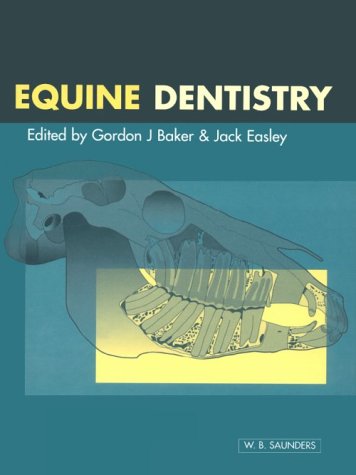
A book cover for Equine Dentistry, 1e; Gordon Baker BVSc  PhD  MRCVS  DiplACVS; Medical Books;